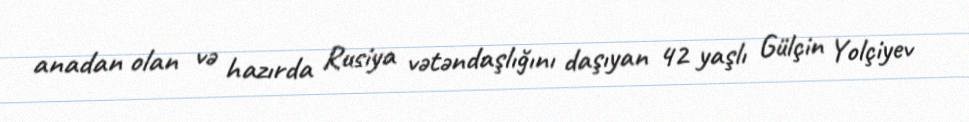
anadan olan və hazırda Rusiya vətəndaşlığını daşıyan 42 yaşlı Gülçin Yolçiyev